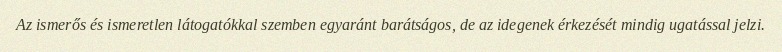
Az ismerős és ismeretlen látogatókkal szemben egyaránt barátságos, de az idegenek érkezését mindig ugatással jelzi.